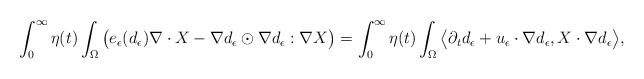
LaTeX: \begin{align*}\int_0^\infty\eta(t)\int_\Omega \big(e_\epsilon(d_\epsilon) \nabla\cdot X-\nabla d_\epsilon\odot\nabla d_\epsilon:\nabla X\big)=\int_0^\infty\eta(t)\int_\Omega \big\langle \partial_t d_\epsilon+u_\epsilon\cdot\nabla d_\epsilon, X\cdot\nabla d_\epsilon\big\rangle,\end{align*}